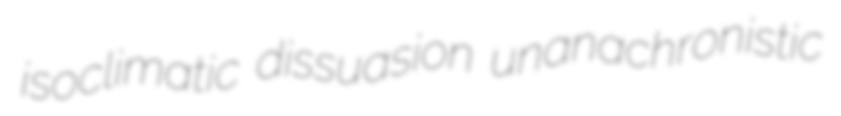
isoclimatic dissuasion unanachronistic